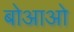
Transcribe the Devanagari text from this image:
बोआओ